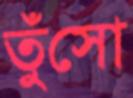
তুঁসো